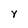
Character: Y